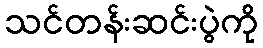
သင်တန်းဆင်းပွဲကို